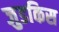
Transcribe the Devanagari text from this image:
जुडकिस